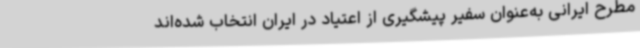
مطرح ایرانی به‌عنوان سفیر پیشگیری از اعتیاد در ایران انتخاب شده‌اند